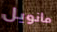
مانويل